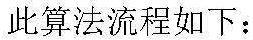
此算法流程如下：